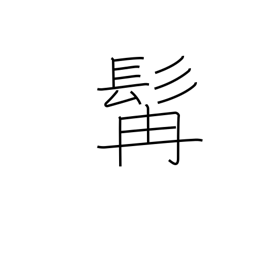
Meaning: beard